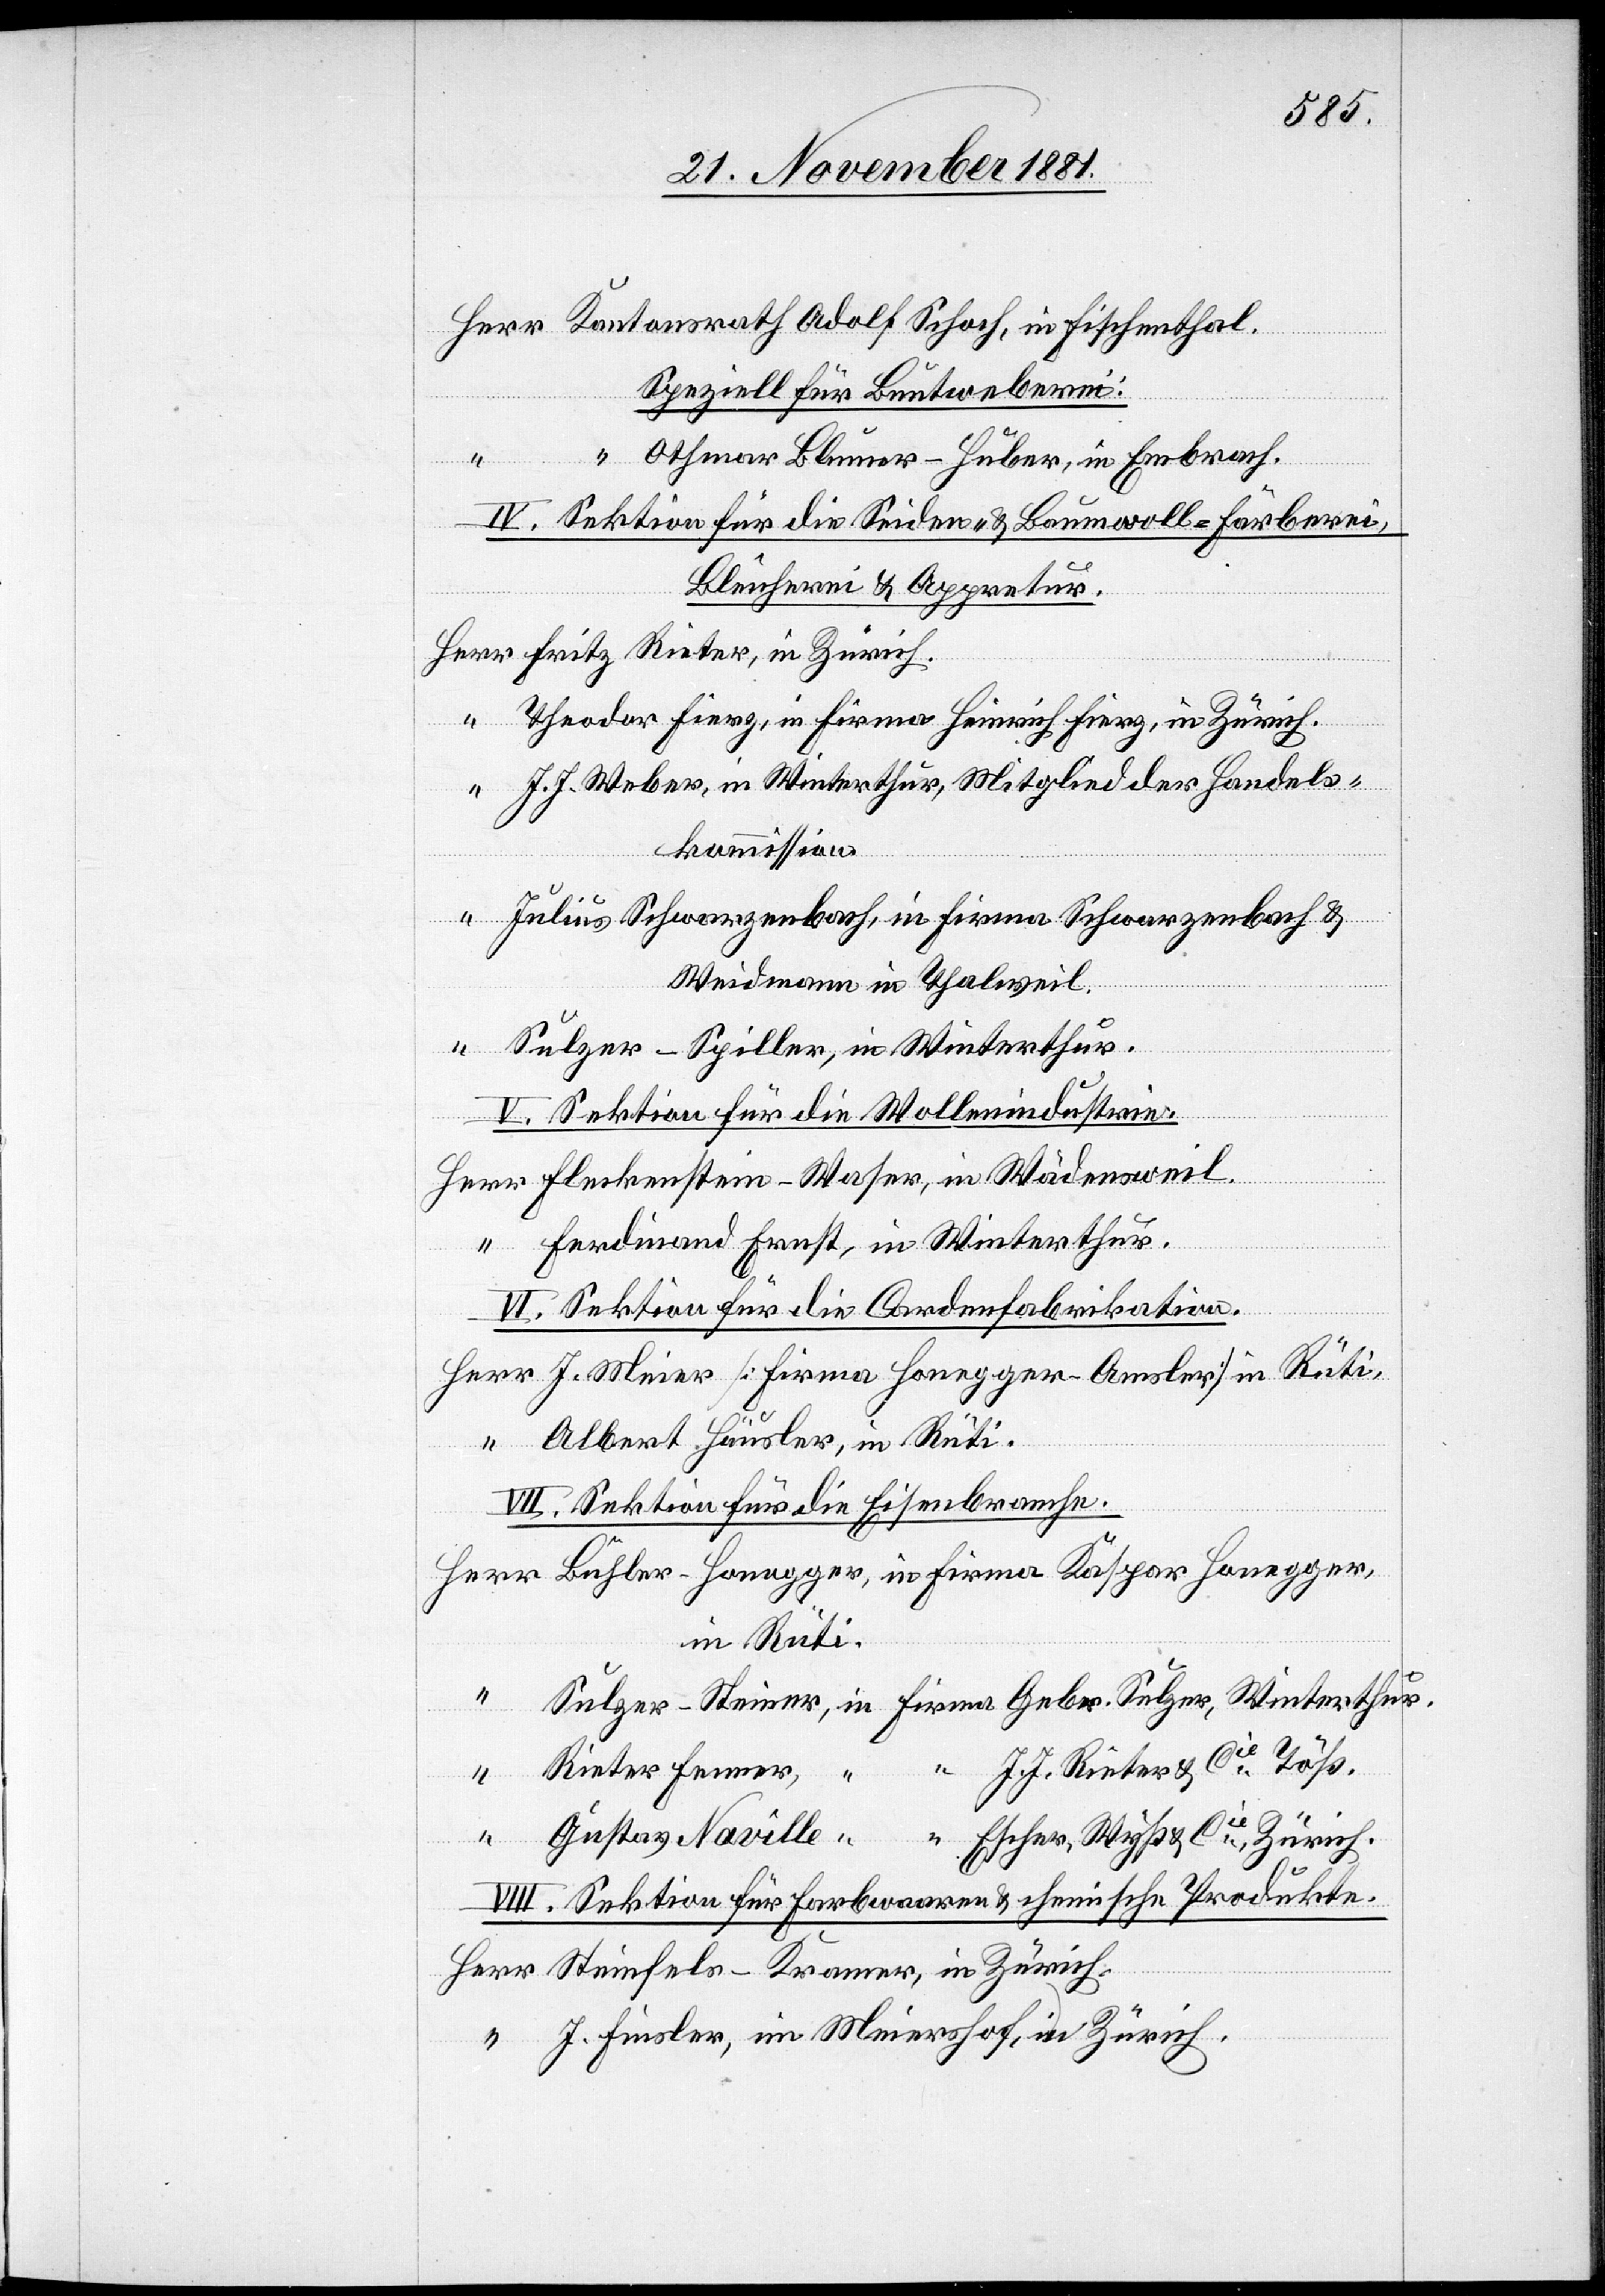
on.

“ Kantonsrath Adolf Schoch, in Fischenthal.
Speziell für Buntweberei:
Othmar Blumer-Huber, in Embrach.
IV. Sektion für die Seiden- & Baumwoll-Färberei,
Bleicherei & Appretur.
Herr Fritz Rieter, in Zürich.
“ Theodor Fierz, in Firma Heinrich Fierz, in Zürich.
J. J. Weber, in Winterthur, Mitglied der Handels¬
kommission.
“ Julius Schwarzenbach, in Firma Schwarzenbach &
Weidmann in Thalweil.
“ Sulzer-Spiller, in Winterthur.
V. Sektion für die Wollenindustrie.
Herr Fleckenstein-Waser, in Wädensweil.
“ Ferdinand Ernst, in Winterthur.
VI. Sektion für die Cordenfabrikation.
Herr J. Meier [Firma Honegger-Amsler] in Rüti.
“ Albert Häusler, in Rüti.
VII. Sektion für die Eisenbranche.
Herr Bühler-Honegger, in Firma Kaspar Honegger,
in Rüti.
Sulzer-Steiner, in Firma Gebr. Sulzer, Winterthur.
Rieter Fenner, “ “ J. J. Rieter & Cie Töß.
“ Gustav Naville “ “ Escher, Wyß & Cie, Zürich.
VIII. Sektion für Farbwaaren & chemische Produkti¬
Herr Steinfels-Kramer, in Zürich.
“ J. Finsler, in Meiershof, in Zürich.